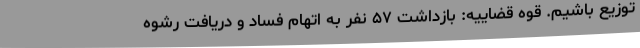
توزیع باشیم. قوه قضاییه: بازداشت ۵۷ نفر به اتهام فساد و دریافت رشوه